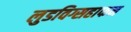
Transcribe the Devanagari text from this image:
लुडविग्सहाफन